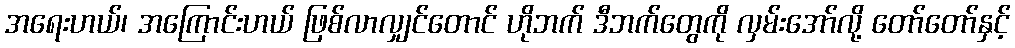
အရေးဟယ်၊ အကြောင်းဟယ် ဖြစ်လာလျှင်တောင် ဟိုဘက် ဒီဘက်တွေကို လှမ်းအော်လို့ တော်တော်နှင့်